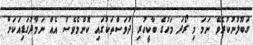
ގަބޫލުނުކުރެވޭ ނަމަ މި ރޯދަ މަހުގެ ބާކީހުރި ދުވަސްތަކުގައި ކޮންމެވެސް އެއް ނަމާދުގަޑިއަކަށް